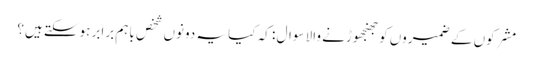
مشرکوں کے ضمیروں کو جھنجھوڑنے والا سوال : کہ کیا یہ دونوں شخص باہم برابر ہوسکتے ہیں؟